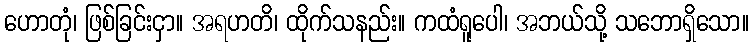
ဟောတုံ၊ ဖြစ်ခြင်းငှာ။ အရဟတိ၊ ထိုက်သနည်း။ ကထံရူပေါ၊ အဘယ်သို့ သဘောရှိသော။